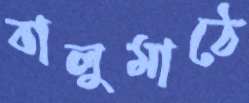
বালুমাঠে